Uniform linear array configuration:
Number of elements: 12
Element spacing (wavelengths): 0.75
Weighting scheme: hamming
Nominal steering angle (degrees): -45
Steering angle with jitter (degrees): -45.621
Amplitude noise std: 0.05
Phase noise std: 0.05

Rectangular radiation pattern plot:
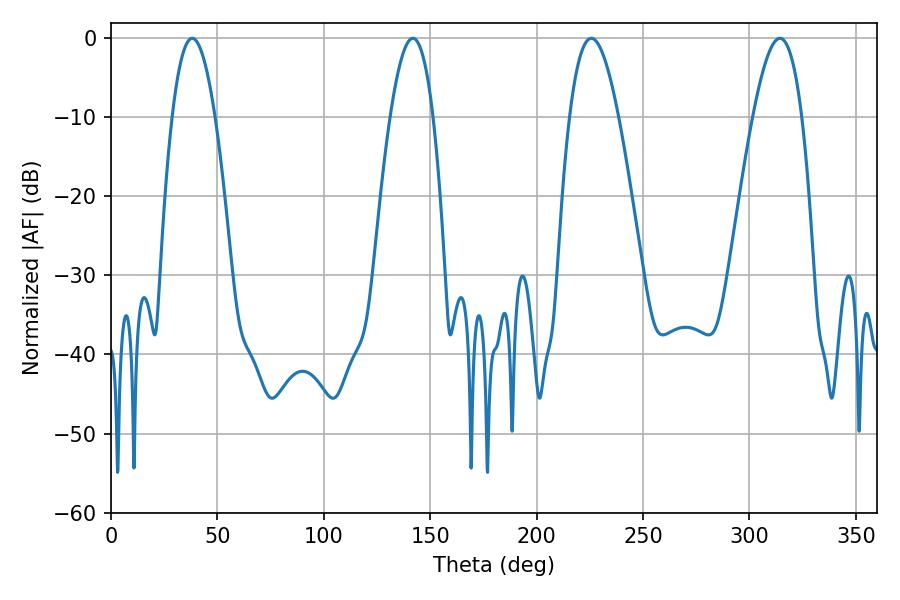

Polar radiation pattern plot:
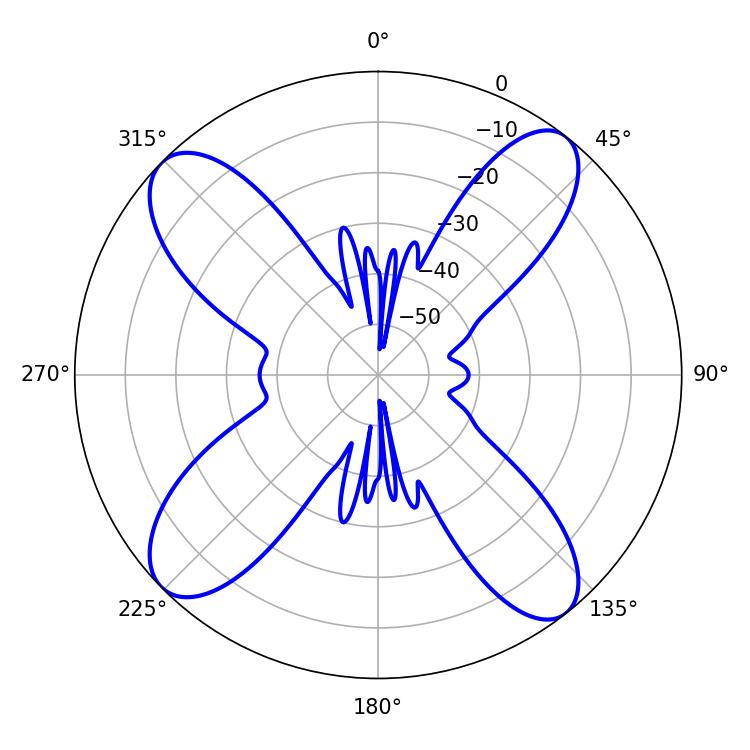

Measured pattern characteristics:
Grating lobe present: TRUE
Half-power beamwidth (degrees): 11.16
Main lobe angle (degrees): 38.16